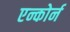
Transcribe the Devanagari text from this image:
एन्कोर्न